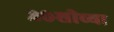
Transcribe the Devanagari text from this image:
२०शीच्या